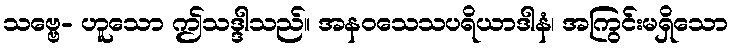
သဗ္ဗေ- ဟူသော ဤသဒ္ဒါသည်။ အနဝသေသပရိယာဒါနံ၊ အကြွင်းမရှိသော